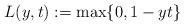
LaTeX: \begin{align*} L_{}(y,t):=\max \lbrace 0,1-yt \rbrace\,\end{align*}